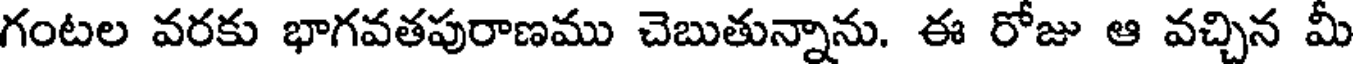
గంటల వరకు భాగవతపురాణము చెబుతున్నాను. ఈ రోజు ఆ వచ్చిన మీ